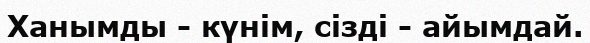
Ханымды - күнім, сізді - айымдай.